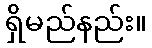
ရှိမည်နည်း။